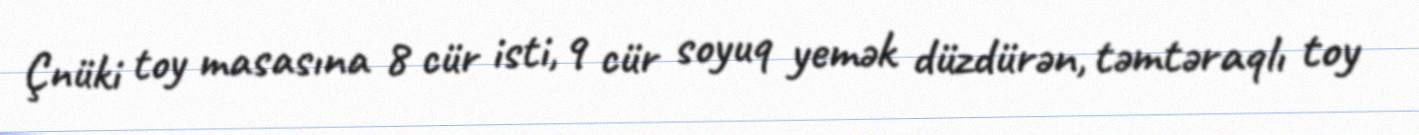
Çnüki toy masasına 8 cür isti, 9 cür soyuq yemək düzdürən, təmtəraqlı toy